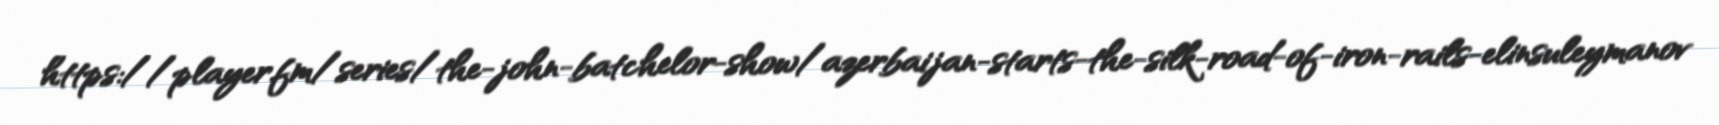
https://player.fm/series/the-john-batchelor-show/azerbaijan-starts-the-silk-road-of-iron-rails-elinsuleymanov